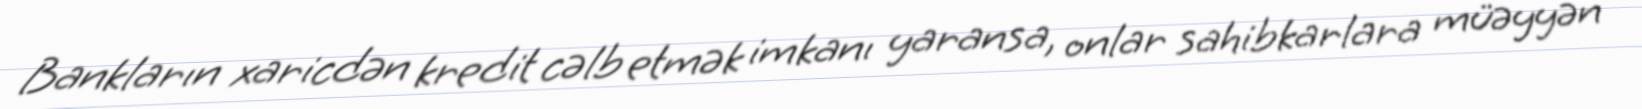
Bankların xaricdən kredit cəlb etmək imkanı yaransa, onlar sahibkarlara müəyyən